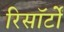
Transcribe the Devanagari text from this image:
रिसॉर्टों